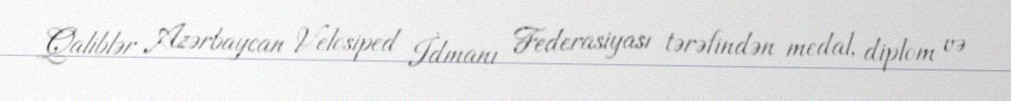
Qaliblər Azərbaycan Velosiped İdmanı Federasiyası tərəfindən medal, diplom və